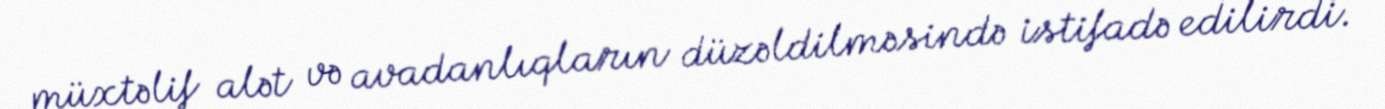
müxtəlif alət və avadanlıqların düzəldilməsində istifadə edilirdi.